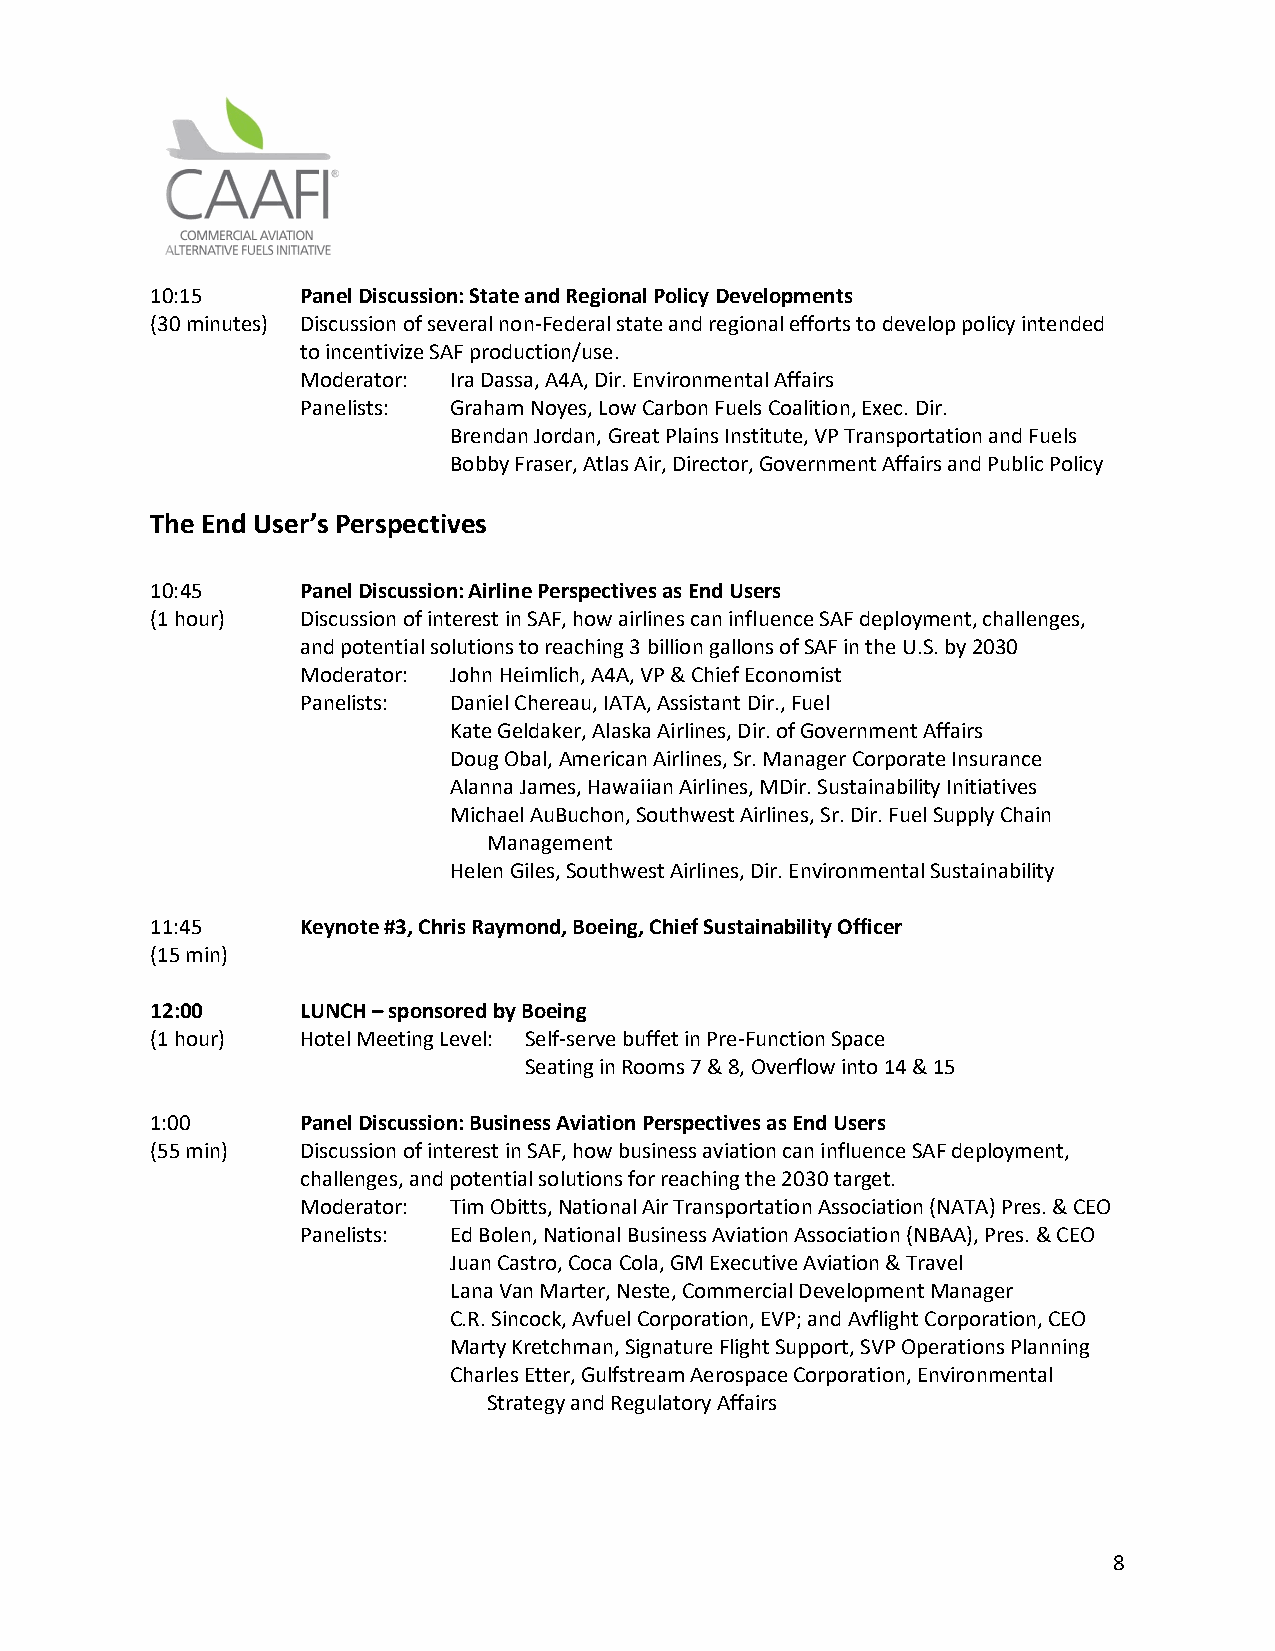
10:15     Panel Discussion: State and Regional Policy Developments
 (30 minutes) Discussion of several non-Federal state and regional efforts to develop policy intended
 to incentivize SAF production/use.
 Moderator: Ira Dassa, A4A, Dir. Environmental Affairs
 Panelists: Graham Noyes, Low Carbon Fuels Coalition, Exec. Dir.
 Brendan Jordan, Great Plains Institute, VP Transportation and Fuels
 Bobby Fraser, Atlas Air, Director, Government Affairs and Public Policy
 The End User’s Perspectives
 10:45     Panel Discussion: Airline Perspectives as End Users
 (1 hour)  Discussion of interest in SAF, how airlines can influence SAF deployment, challenges,
 and potential solutions to reaching 3 billion gallons of SAF in the U.S. by 2030
 Moderator: John Heimlich, A4A, VP & Chief Economist
 Panelists: Daniel Chereau, IATA, Assistant Dir., Fuel
 Kate Geldaker, Alaska Airlines, Dir. of Government Affairs
 Doug Obal, American Airlines, Sr. Manager Corporate Insurance
 Alanna James, Hawaiian Airlines, MDir. Sustainability Initiatives
 Michael AuBuchon, Southwest Airlines, Sr. Dir. Fuel Supply Chain
 Management
 Helen Giles, Southwest Airlines, Dir. Environmental Sustainability
 11:45     Keynote #3, Chris Raymond, Boeing, Chief Sustainability Officer
 (15 min)
 12:00     LUNCH – sponsored by Boeing
 (1 hour)  Hotel Meeting Level: Self-serve buffet in Pre-Function Space
 Seating in Rooms 7 & 8, Overflow into 14 & 15
 1:00      Panel Discussion: Business Aviation Perspectives as End Users
 (55 min)  Discussion of interest in SAF, how business aviation can influence SAF deployment,
 challenges, and potential solutions for reaching the 2030 target.
 Moderator: Tim Obitts, National Air Transportation Association (NATA) Pres. & CEO
 Panelists: Ed Bolen, National Business Aviation Association (NBAA), Pres. & CEO
 Juan Castro, Coca Cola, GM Executive Aviation & Travel
 Lana Van Marter, Neste, Commercial Development Manager
 C.R. Sincock, Avfuel Corporation, EVP; and Avflight Corporation, CEO
 Marty Kretchman, Signature Flight Support, SVP Operations Planning
 Charles Etter, Gulfstream Aerospace Corporation, Environmental
 Strategy and Regulatory Affairs
 8